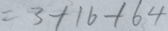
= 3 + 1 6 + 6 4